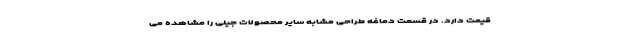
قیمت دارد. در قسمت دماغه طراحی مشابه سایر محصولات جیلی را مشاهده می